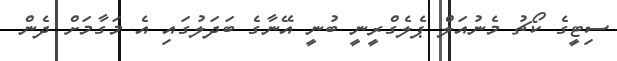
ސިޓީގެ ކޯޗު މެނުއަލް ޕެލެގްރީނީ ބުނީ އޭނާގެ ބަދަލުގައި އެ މަގާމަށް ދެން